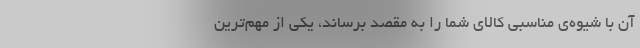
آن با شیوه‌ی مناسبی کالای شما را به مقصد برساند، یکی از مهم‌ترین